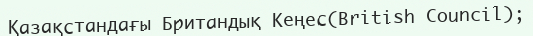
Қазақстандағы Британдық Кеңес(British Council);